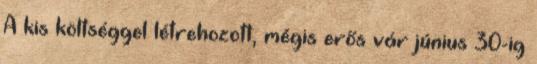
A kis költséggel létrehozott, mégis erős vár június 30-ig